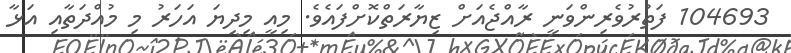
104693 ފަތުރުވެރިންވަނީ ރާއްޖެއަށް ޒިޔާރަތްކޮށްފައެވެ. މިއީ މިދިޔަ އަހަރު މި މުއްދަތާއި އަޅާ